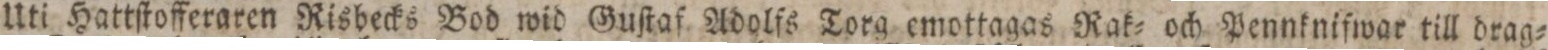
Uti Hattſtofferaren Risbecks Bod wid Guſtaf Adolfs Torg emottagas Rak= och Pennkniſwar till drag=